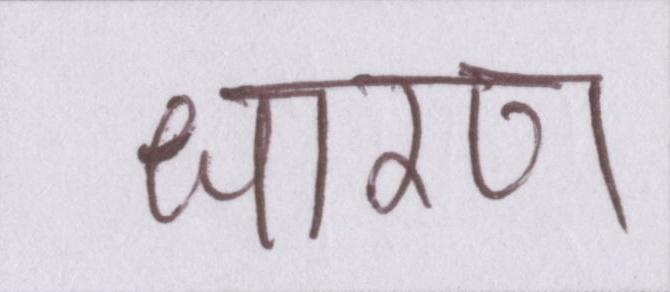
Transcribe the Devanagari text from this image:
धारण